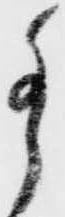
猶